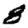
Digit: 8